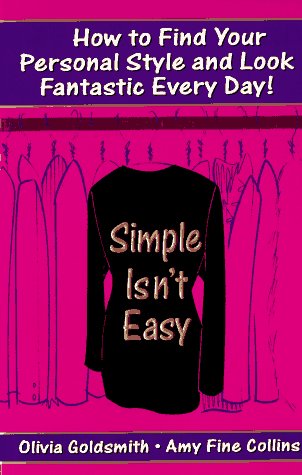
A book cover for Simple Isn't Easy: How to Find Your Personal Style and Look Fantastic Every Day!; Olivia Goldsmith; Business & Money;